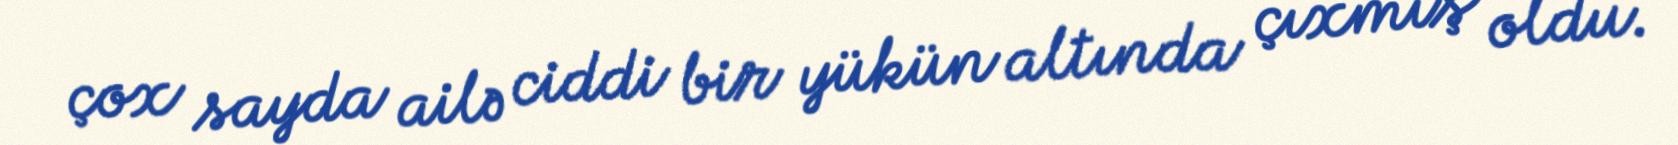
çox sayda ailə ciddi bir yükün altında çıxmış oldu.